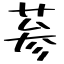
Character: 蔘